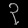
Digit: ၃